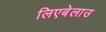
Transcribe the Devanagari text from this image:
लिएबेलाउ